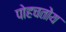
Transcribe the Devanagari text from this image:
पोहचतोय